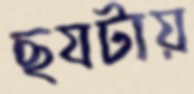
ছযটায়